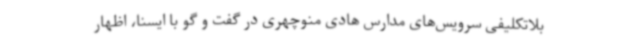
بلاتکلیفی سرویس‌های مدارس هادی منوچهری در گفت و گو با ایسنا، اظهار